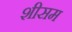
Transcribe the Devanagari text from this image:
शीसम